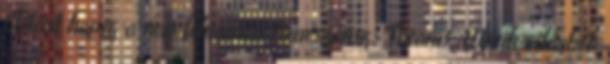
Előtörit kapsz a nap folyamán Reneszánsz: Tyranis; Másik világból: